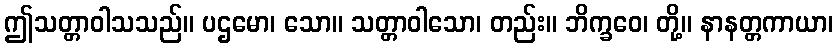
ဤသတ္တာဝါသသည်။ ပဌမော၊ သော။ သတ္တာဝါသော၊ တည်း။ ဘိက္ခဝေ၊ တို့။ နာနတ္တကာယာ၊